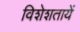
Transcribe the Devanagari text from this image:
विशेशतायें